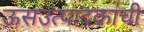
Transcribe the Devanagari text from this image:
ऊसउत्पादकांची